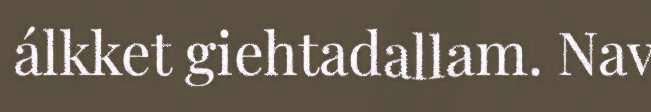
álkket giehtadallam. Nav